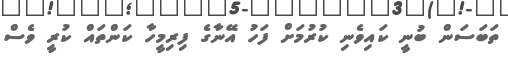
ތަބަސަން ބުނީ ކައިވެނި ކުރުމަށް ފަހު އޭނާގެ ފިރިމީހާ ކަންތައް ކުރީ ވެސް